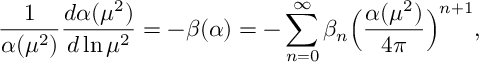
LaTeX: \frac { 1 } { \alpha ( \mu ^ { 2 } ) } \frac { d \alpha ( \mu ^ { 2 } ) } { d \ln \mu ^ { 2 } } = - \beta ( \alpha ) = - \sum _ { n = 0 } ^ { \infty } \beta _ { n } \Big ( \frac { \alpha ( \mu ^ { 2 } ) } { 4 \pi } \Big ) ^ { n + 1 } ,